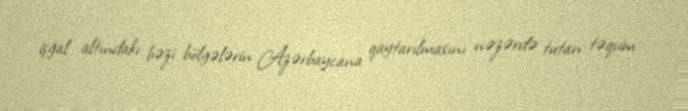
işğal altındakı bəzi bölgələrin Azərbaycana qaytarılmasını nəzərdə tutan təqvim